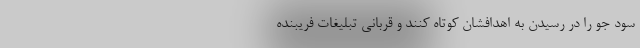
سود جو را در رسیدن به اهدافشان کوتاه کنند و قربانی تبلیغات فریبنده